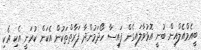
ބީއެމްއެލްއިން ބުނީ އޮޅުވާލައިގެން ފައިސާ ހޯދަމުންދާ ފަރާތްތަކުން އެކަން ކުރަނީ އެކި އެކި